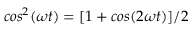
c o s ^ { 2 } ( \omega t ) = [ 1 + c o s ( 2 \omega t ) ] / 2